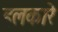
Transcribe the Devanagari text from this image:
हलकारे